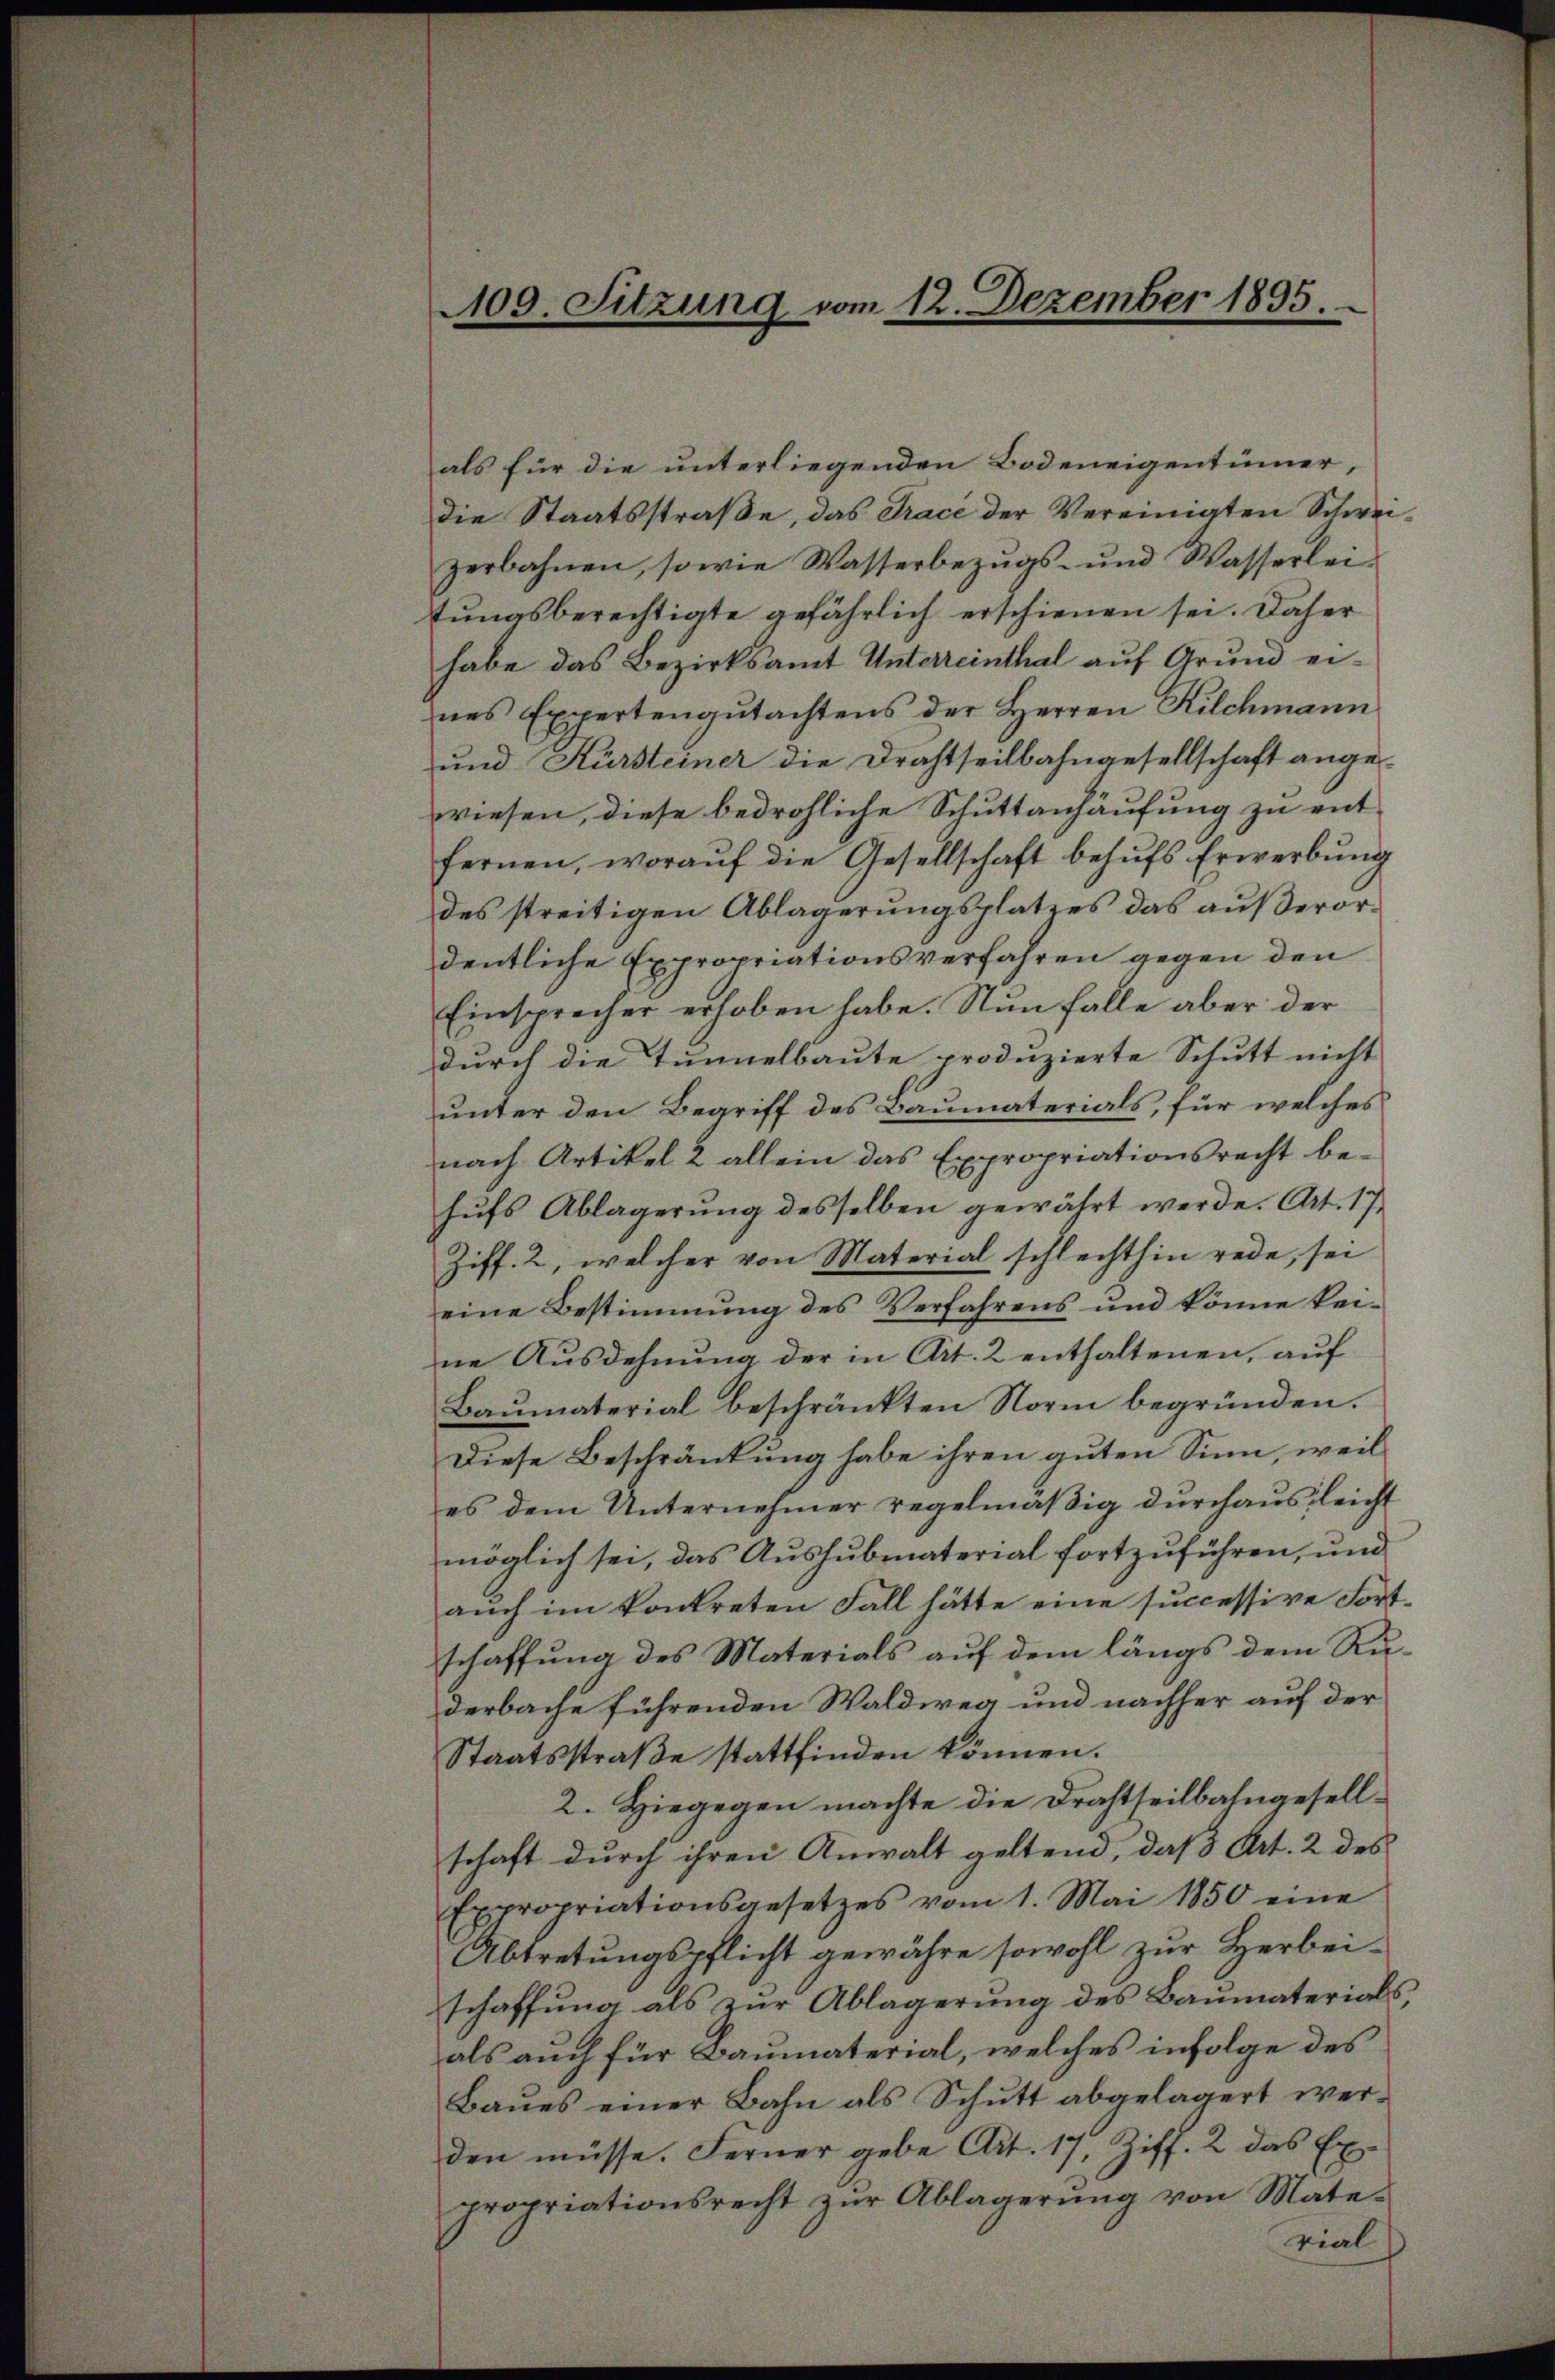
100. Sitzung vom 12. Dezember 1895.

als für die unterliegenden Bodeneigentümer,
die Staatsstraße, das Trace der Vereinigten Schweizerbahnen, sowie Wasserbezŭgs- und Wasserlei-
tungsberechtigte gefährlich erschienen sei. Daher
habe das Bezirksamt Unterreinthal auf Grund eines Expertengutachtens der Herren Kilchmann
und Kürsteiner die Drahtteilbahngesellschaft angewiesen, diese bedrohliche Schuttanhäufung zu entfernen, woraŭf die Gesellschaft behŭfs Erwerbŭng
des streitigen Ablagerungsplatzes das außerordentliche Expropriationsverfahren gegen den
Einsprecher erhoben habe. Nun falle aber der
durch die Tunnelbaute produzierte Schutt nicht
unter den Begriff des Baumaterials, für welches
nach Artikel 2 allein das Expropriationsrecht be-
hŭfs Ablagerŭng desselben gewährt werde. Art. 17,
Ziff. 2, welcher von Material schlechthin rede, sei
eine Bestimmung des Verfahrens und könne keine Ausdehnung der in Art. 2 enthaltenen, auf
Baumaterial beschränkten Norm begründen.
Diese Beschränkung habe ihren guten Sinn, weil
es dem Unternehmer regelmäβig dŭrchaus leicht
möglich sei, das Aushubmaterial fortzuführen, und
auch im konkreten Fall hätte eine successive Fortschaffung des Materials auf dem längs dem Ruderbache führenden Waldweg und nachher auf der
Staatsstraβe stattfinden können.
2. Hiegegen machte die Drahtheilbahngesellschaft durch ihren Anwalt geltend, daß Art. 2 des
Expropriationsgesetzes vom 1. Mai 1850 eine
Abtretungspflicht gewähre sowohl zur Herbeischaffung als zur Ablagerung des Baumaterials,
als auch für Baumaterial, welches infolge des
Baues einer Bahn als Schutt abgelagert werden müsse. Ferner gebe Art. 17, Ziff. 2 das Expropriationsrecht zur Ablagerung von Matevial